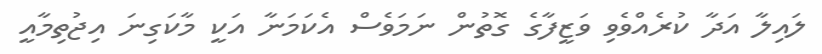
ލައިލާ އަދާ ކުރެއްވެވި ވަޒީފާގެ ގޮތުން ނަމަވެސް އެކަމަނާ އަކީ މާކަގިނަ އިޖުތިމާއީ